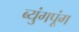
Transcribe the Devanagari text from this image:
ब्युंगपूंग